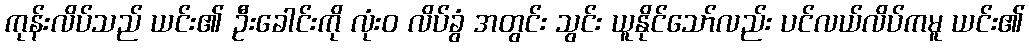
ကုန်းလိပ်သည် ယင်း၏ ဦးခေါင်းကို လုံးဝ လိပ်ခွံ အတွင်း သွင်း ယူနိုင်သော်လည်း ပင်လယ်လိပ်ကမူ ယင်း၏